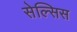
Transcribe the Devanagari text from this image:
सेल्सिस